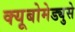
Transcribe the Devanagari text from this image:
क्यूबोमेड्युसे